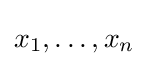
{\textstyle x_{1},\ldots ,x_{n}}